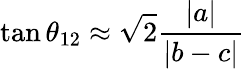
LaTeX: \tan\theta_{12}\approx{\sqrt{2}\frac{|a|}{|b-c|}}